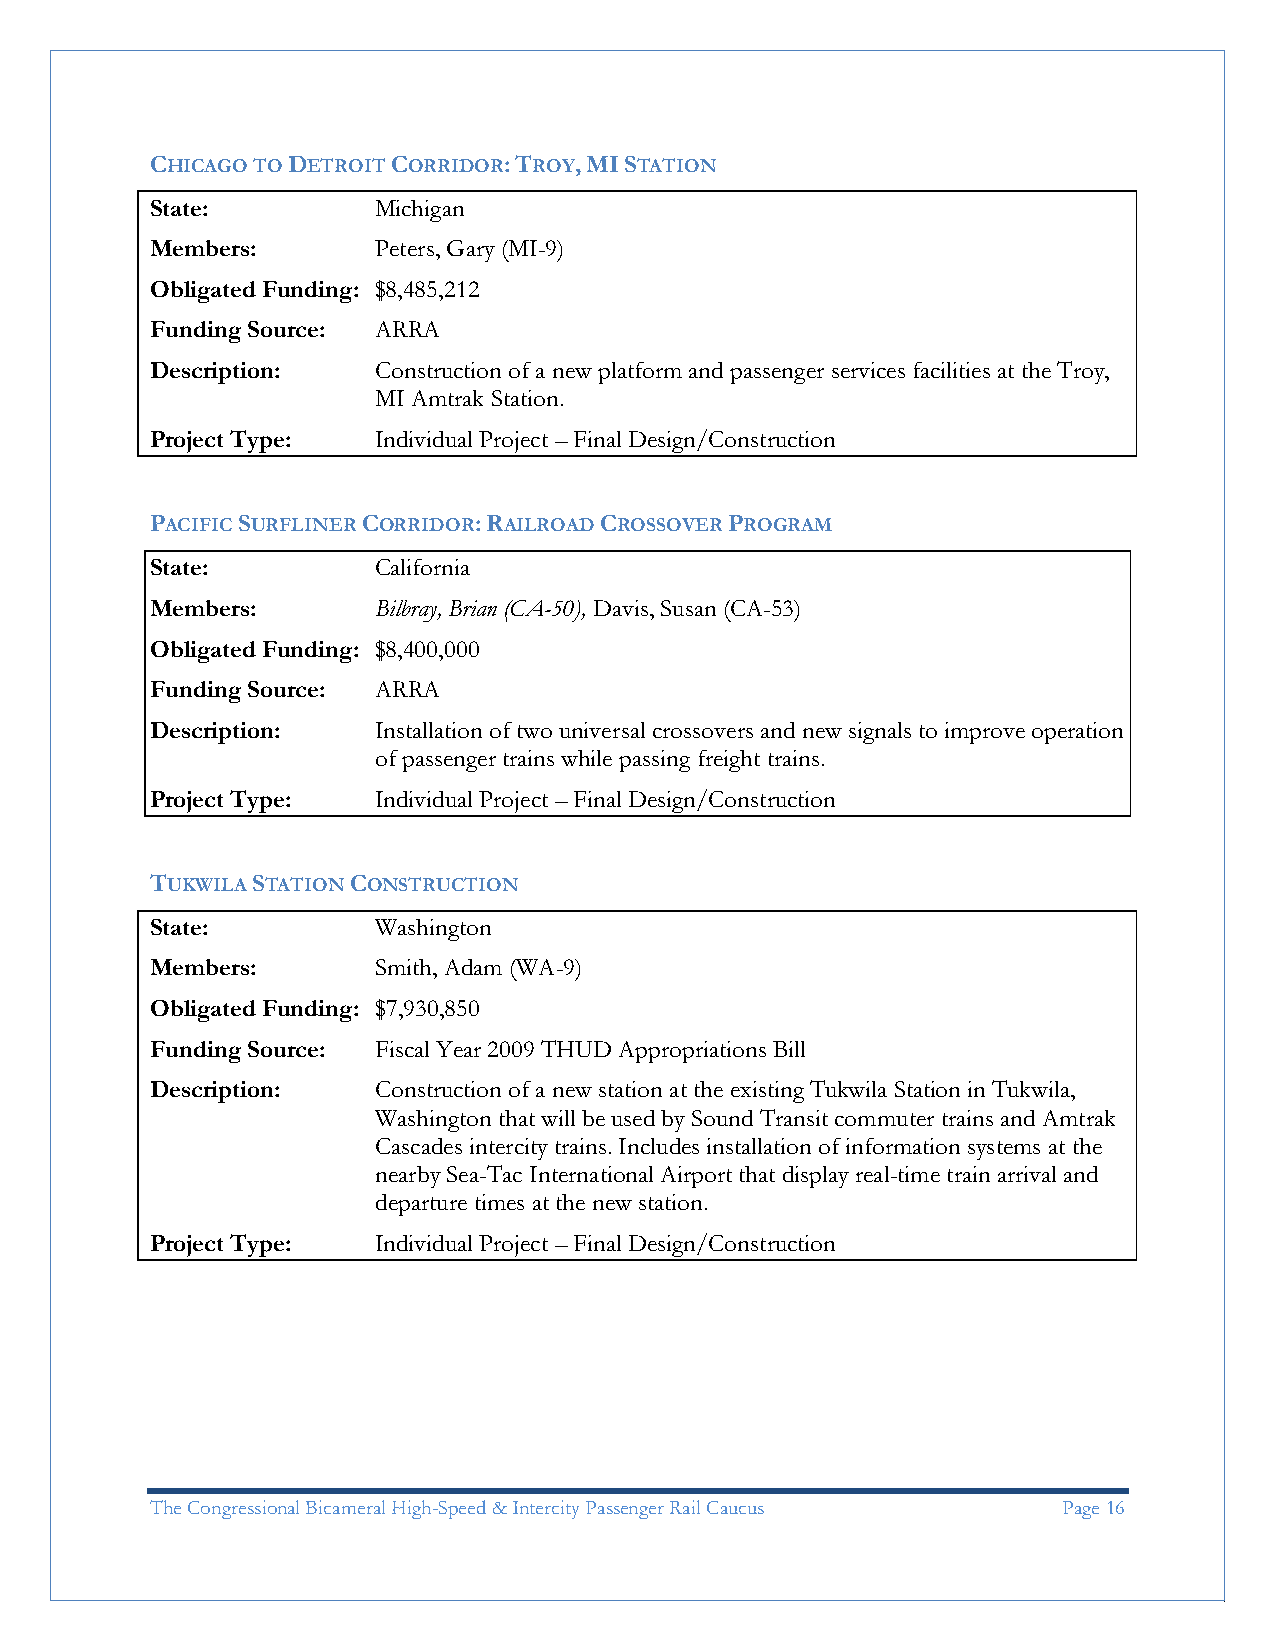
CHICAGO TO DETROIT CORRIDOR: TROY, MI STATION
 State:         Michigan
 Members:       Peters, Gary (MI-9)
 Obligated Funding: $8,485,212
 Funding Source: ARRA
 Description:   Construction of a new platform and passenger services facilities at the Troy,
 MI Amtrak Station.
 Project Type:  Individual Project – Final Design/Construction
 PACIFIC SURFLINER CORRIDOR: RAILROAD CROSSOVER PROGRAM
 State:         California
 Members:       Bilbray, Brian (CA-50), Davis, Susan (CA-53)
 Obligated Funding: $8,400,000
 Funding Source: ARRA
 Description:   Installation of two universal crossovers and new signals to improve operation
 of passenger trains while passing freight trains.
 Project Type:  Individual Project – Final Design/Construction
 TUKWILA STATION CONSTRUCTION
 State:         Washington
 Members:       Smith, Adam (WA-9)
 Obligated Funding: $7,930,850
 Funding Source: Fiscal Year 2009 THUD Appropriations Bill
 Description:   Construction of a new station at the existing Tukwila Station in Tukwila,
 Washington that will be used by Sound Transit commuter trains and Amtrak
 Cascades intercity trains. Includes installation of information systems at the
 nearby Sea-Tac International Airport that display real-time train arrival and
 departure times at the new station.
 Project Type:  Individual Project – Final Design/Construction
 The Congressional Bicameral High-Speed & Intercity Passenger Rail Caucus Page 16